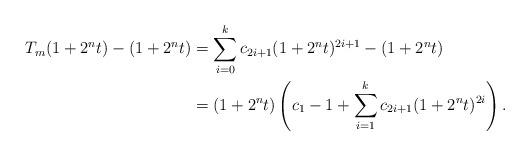
LaTeX: \begin{align*} T_{m}(1+2^{n}t)-(1+2^{n}t) &= \sum_{i=0}^{k}c_{2i+1}(1+2^{n}t)^{2i+1}-(1+2^{n}t) \\ &= (1+2^{n}t)\left(c_{1}-1+\sum_{i=1}^{k}c_{2i+1}(1+2^{n}t)^{2i}\right). \\ \end{align*}